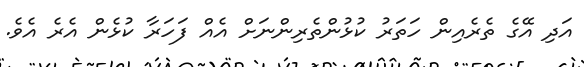
އަދި އޭގެ ތެރެއިން ހަތަރު ކުޅުންތެރިންނަށް އެއް ފަހަރާ ކުޅެން އެރެ އެވެ.